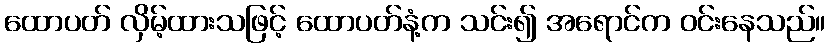
ထောပတ် လှိမ့်ထားသဖြင့် ထောပတ်နံ့က သင်း၍ အရောင်က ဝင်းနေသည်။